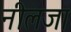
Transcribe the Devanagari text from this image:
नीलजा